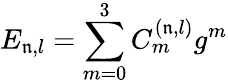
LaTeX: E_{\mathfrak{n},l}=\sum_{m=0}^{3}C_{m}^{\left(\mathfrak{n},l\right)}g^{m}